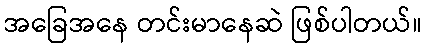
အခြေအနေ တင်းမာနေဆဲ ဖြစ်ပါတယ်။